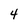
Character: 4